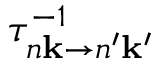
\tau _ { n \mathbf k \rightarrow n ^ { \prime } \mathbf k ^ { \prime } } ^ { - 1 }